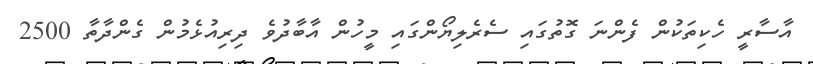
އާސާރީ ހެކިތަކުން ފެންނަ ގޮތުގައި ސެރެލިޔޯންގައި މީހުން އާބާދުވެ ދިރިއުޅެމުން ގެންދާތާ 2500